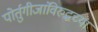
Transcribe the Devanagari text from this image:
पोर्तुगीजांविरुद्धच्या